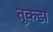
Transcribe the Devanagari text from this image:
तूकडा